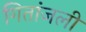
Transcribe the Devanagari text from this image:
गितांजली